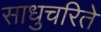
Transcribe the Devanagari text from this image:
साधुचरिते